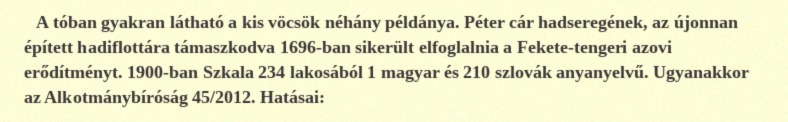
A tóban gyakran látható a kis vöcsök néhány példánya. Péter cár hadseregének, az újonnan épített hadiflottára támaszkodva 1696-ban sikerült elfoglalnia a Fekete-tengeri azovi erődítményt. 1900-ban Szkala 234 lakosából 1 magyar és 210 szlovák anyanyelvű. Ugyanakkor az Alkotmánybíróság 45/2012. Hatásai: